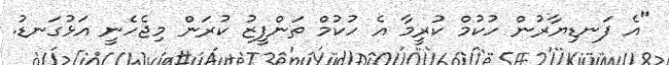
"އެ ފަނޑިޔާރުން ހުކުމް ކުރީމާ އެ ހުކުމް ތަންފީޒު ކުރަން މިޖެހެނީ އަޅުގަނޑު.